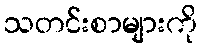
သတင်းစာများကို